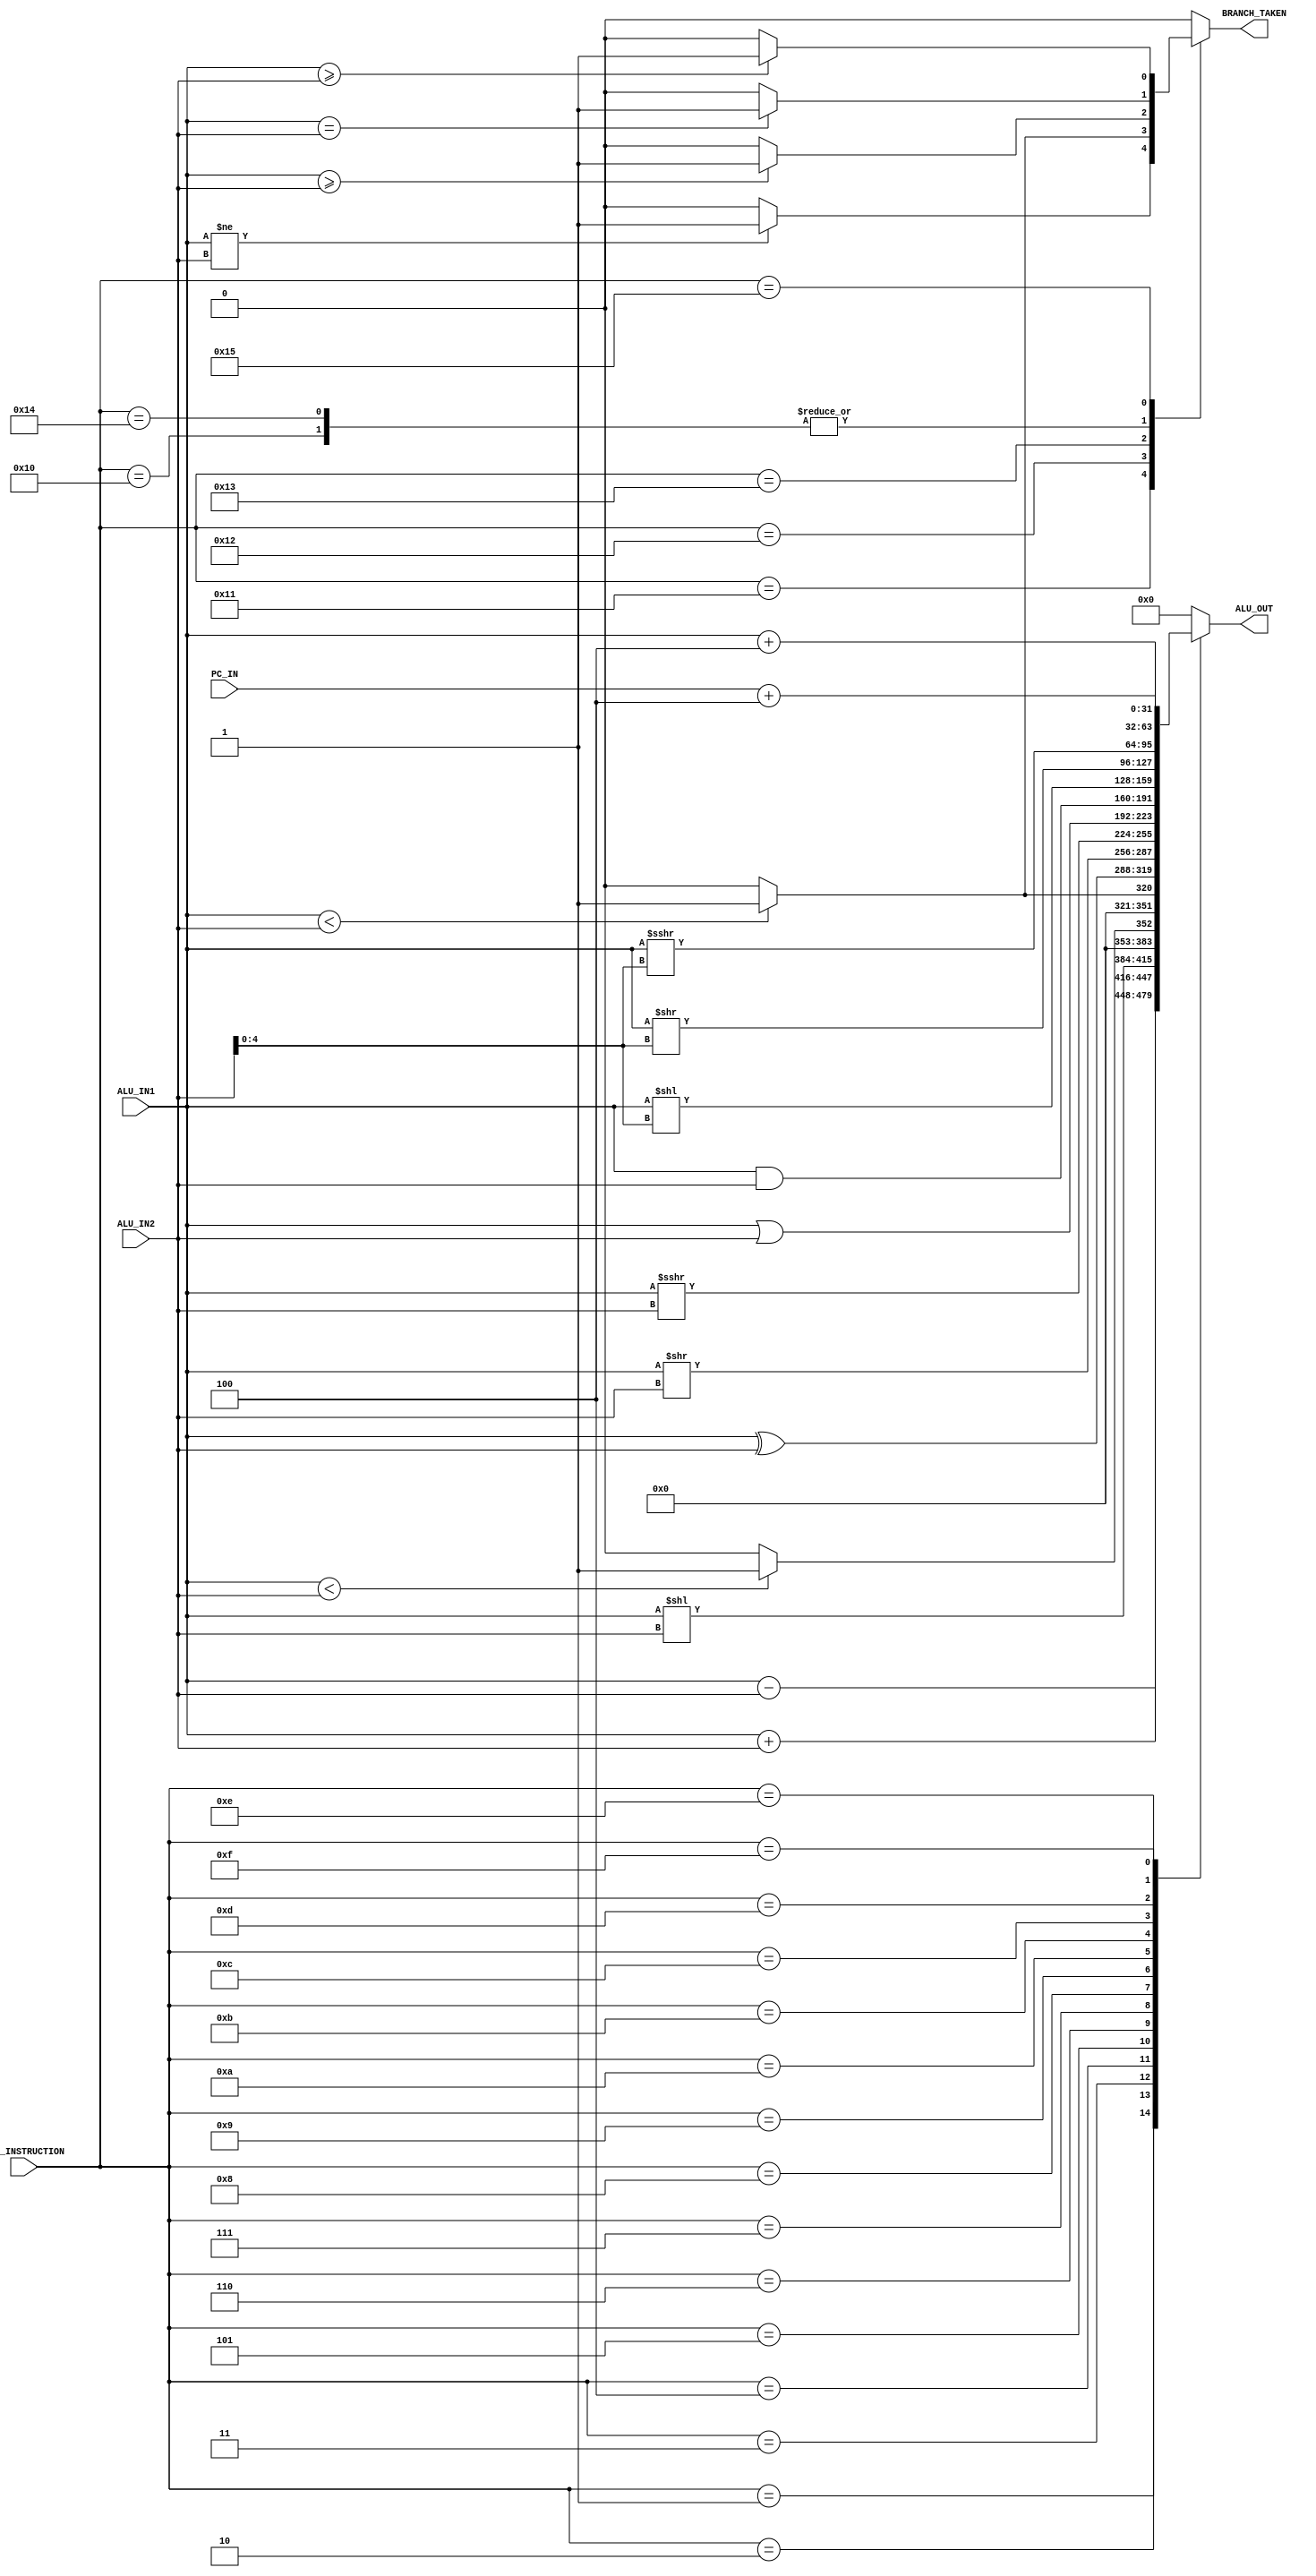
module ALU #(
        parameter DATA_WIDTH            = 32            ,
        parameter HIGH                  = 1'b1          ,
        parameter LOW                   = 1'b0          ,
        
        parameter ALU_NOP               = 5'b00000      ,
        parameter ALU_ADD               = 5'b00001      ,
        parameter ALU_SUB               = 5'b00010      ,
        parameter ALU_SLL               = 5'b00011      ,
        parameter ALU_SLT               = 5'b00100      ,
        parameter ALU_SLTU              = 5'b00101      ,
        parameter ALU_XOR               = 5'b00110      ,
        parameter ALU_SRL               = 5'b00111      ,
        parameter ALU_SRA               = 5'b01000      ,
        parameter ALU_OR                = 5'b01001      ,
        parameter ALU_AND               = 5'b01010      ,
        parameter ALU_SLLI              = 5'b01011      ,
        parameter ALU_SRLI              = 5'b01100      ,
        parameter ALU_SRAI              = 5'b01101      ,
        parameter ALU_JAL               = 5'b01110      ,
        parameter ALU_JALR              = 5'b01111      ,
        parameter ALU_BEQ               = 5'b10000      ,
        parameter ALU_BNE               = 5'b10001      ,
        parameter ALU_BLT               = 5'b10010      ,
        parameter ALU_BGE               = 5'b10011      ,
        parameter ALU_BLTU              = 5'b10100      ,
        parameter ALU_BGEU              = 5'b10101      
    ) (
        input   [DATA_WIDTH - 1  : 0]   ALU_IN1           ,
        input   [DATA_WIDTH - 1  : 0]   ALU_IN2           ,
        input   [DATA_WIDTH - 1  : 0]   PC_IN             ,
        input   [4               : 0]   ALU_INSTRUCTION   ,
        output  [DATA_WIDTH - 1  : 0]   ALU_OUT           ,
        output                          BRANCH_TAKEN
    );
   
    reg  [DATA_WIDTH - 1  : 0]  alu_out_reg         ;
    reg                         branch_taken_reg    ;
    
    always@(*)
    begin
        case(ALU_INSTRUCTION)
            ALU_NOP:
            begin
                alu_out_reg         = 32'b0;
                branch_taken_reg    = LOW;
            end
            ALU_ADD:
            begin
                alu_out_reg         = $signed(ALU_IN1) + $signed(ALU_IN2);
                branch_taken_reg    = LOW;
            end
            ALU_SUB:
            begin
                alu_out_reg         = $signed(ALU_IN1) - $signed(ALU_IN2);
                branch_taken_reg    = LOW;
            end
            ALU_SLL:
            begin
                alu_out_reg         = ALU_IN1 << ALU_IN2;
                branch_taken_reg    = LOW;
            end
            ALU_SLT:
            begin
                if(ALU_IN1 < ALU_IN2)
                begin
                    alu_out_reg         = 32'b1;
                end
                else
                begin
                    alu_out_reg         = 32'b0;
                end
                branch_taken_reg    = LOW;
            end
            ALU_SLTU:
            begin
                if($signed(ALU_IN1) < $signed(ALU_IN2))
                begin
                    alu_out_reg         = 32'b1;
                end
                else
                begin
                    alu_out_reg         = 32'b0;
                end
                branch_taken_reg    = LOW;
            end
            ALU_XOR:
            begin
                alu_out_reg         = ALU_IN1 ^ ALU_IN2;
                branch_taken_reg    = LOW;
            end
            ALU_SRL:
            begin
                alu_out_reg         = ALU_IN1 >> ALU_IN2;
                branch_taken_reg    = LOW;
            end
            ALU_SRA:
            begin
                alu_out_reg         = ALU_IN1 >>> ALU_IN2;
                branch_taken_reg    = LOW;
            end
            ALU_OR:
            begin
                alu_out_reg         = ALU_IN1 | ALU_IN2;
                branch_taken_reg    = LOW;
            end
            ALU_AND:
            begin
                alu_out_reg         = ALU_IN1 & ALU_IN2;
                branch_taken_reg    = LOW;
            end
            ALU_SLLI:
            begin
                alu_out_reg         = ALU_IN1 << ALU_IN2[4:0];
                branch_taken_reg    = LOW;
            end
            ALU_SRLI:
            begin
                alu_out_reg         = ALU_IN1 >> ALU_IN2[4:0];
                branch_taken_reg    = LOW;
            end
            ALU_SRAI:
            begin
                alu_out_reg         = ALU_IN1 >>> ALU_IN2[4:0];
                branch_taken_reg    = LOW;
            end
            ALU_JAL:
            begin
                alu_out_reg         = ALU_IN1 + 4;
                branch_taken_reg    = LOW;
            end
            ALU_JALR:
            begin
                alu_out_reg         = PC_IN + 4;
                branch_taken_reg    = LOW;
            end
            ALU_BEQ:
            begin
                alu_out_reg         = 32'b0;
                if(ALU_IN1 == ALU_IN2)
                begin
                    branch_taken_reg    = HIGH;
                end
                else
                begin
                    branch_taken_reg    = LOW;
                end
            end
            ALU_BNE:
            begin
                alu_out_reg         = 32'b0;
                if(ALU_IN1 != ALU_IN2)
                begin
                    branch_taken_reg    = HIGH;
                end
                else
                begin
                    branch_taken_reg    = LOW;
                end
            end
            ALU_BLT:
            begin
                alu_out_reg         = 32'b0;
                if($signed(ALU_IN1) < $signed(ALU_IN2))
                begin
                    branch_taken_reg    = HIGH;
                end
                else
                begin
                    branch_taken_reg    = LOW;
                end
            end
            ALU_BGE:
            begin
                alu_out_reg         = 32'b0;
                if($signed(ALU_IN1) >= $signed(ALU_IN2))
                begin
                    branch_taken_reg    = HIGH;
                end
                else
                begin
                    branch_taken_reg    = LOW;
                end
            end
            ALU_BLTU:
            begin
                alu_out_reg         = 32'b0;
                if(ALU_IN1 == ALU_IN2)
                begin
                    branch_taken_reg    = HIGH;
                end
                else
                begin
                    branch_taken_reg    = LOW;
                end
            end
            ALU_BGEU:
            begin
                alu_out_reg         = 32'b0;
                if(ALU_IN1 >= ALU_IN2)
                begin
                    branch_taken_reg    = HIGH;
                end
                else
                begin
                    branch_taken_reg    = LOW;
                end
            end      
            default:
            begin
                alu_out_reg         = 32'b0;
                branch_taken_reg    = LOW;
            end
        endcase
    end
    
    assign  ALU_OUT         = alu_out_reg       ;
    assign  BRANCH_TAKEN    = branch_taken_reg  ;
    
endmodule